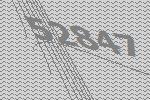
52847